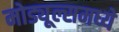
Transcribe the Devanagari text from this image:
मोड्यूल्समध्ये